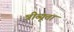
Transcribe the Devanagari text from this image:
त्रीब्यूता